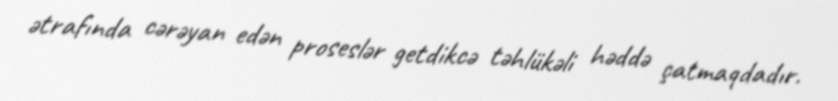
ətrafında cərəyan edən proseslər getdikcə təhlükəli həddə çatmaqdadır.